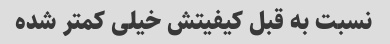
نسبت به قبل کیفیتش خیلی کمتر شده